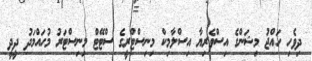
ދިވެހި ހައްޖު މިޝަންގެ އިސްވެރިޔާ އިސްލާމިކް މިނިސްޓްރީގެ ސްޓޭޓް މިނިސްޓަރު މުހައްމަދު ދީދީ